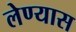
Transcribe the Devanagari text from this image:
लेण्यास